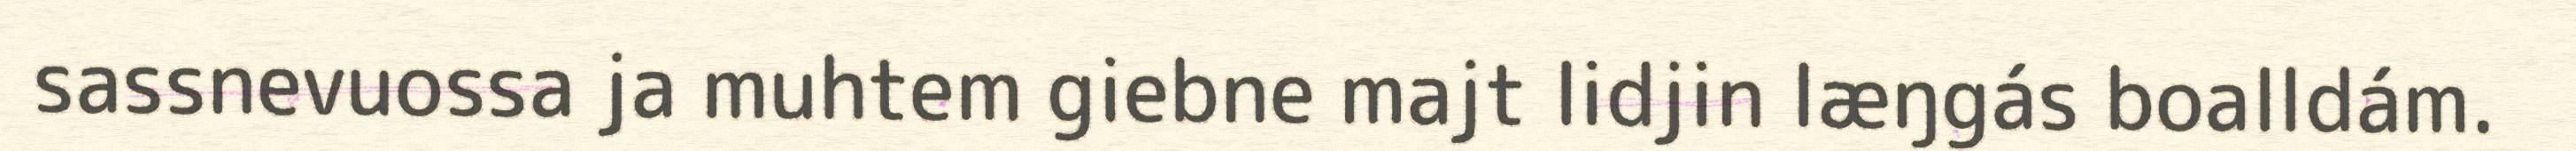
sassnevuossa ja muhtem giebne majt lidjin læŋgás boalldám.